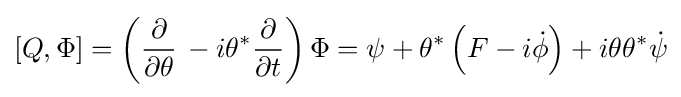
\left[Q,\Phi \right]=\left({\frac {\partial }{\partial \theta }}\,-i\theta ^{*}{\frac {\partial }{\partial t}}\right)\Phi =\psi +\theta ^{*}\left(F-i{\dot {\phi }}\right)+i\theta \theta ^{*}{\dot {\psi }}